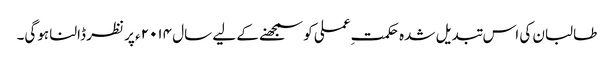
طالبان کی اس تبدیل شدہ حکمتِ عملی کو سمجھنے کے لیے سال ۲۰۱۴ء پر نظر ڈالنا ہوگی۔